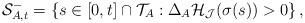
LaTeX: \begin{align*} \mathcal{S}^-_{A,t}=\left\{s \in [0,t] \cap\mathcal{T}_A : \Delta_A \mathcal{H}_{\mathcal{J}}(\sigma(s))> 0 \right\},\end{align*}